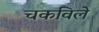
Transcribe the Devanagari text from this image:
चकविले